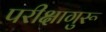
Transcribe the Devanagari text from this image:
परीक्षागुरू